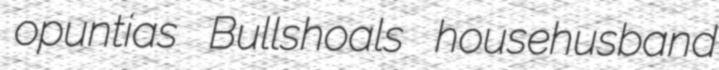
opuntias Bullshoals househusband